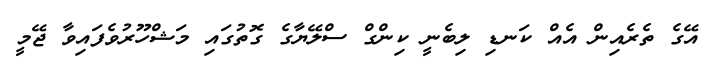
އޭގެ ތެރެއިން އެއް ކަނޑި ލިބެނީ ކިންގް ސްލޭޔާގެ ގޮތުގައި މަޝްހޫރުވެފައިވާ ޖޭމީ